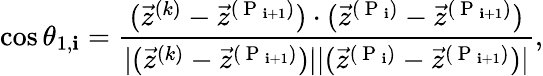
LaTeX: \cos\theta_{1,\mathbf{i}}=\frac{{(\vec{{z}}^{(k)}-\vec{{z}}^{(\mathrm{{~P~}}_{\mathbf{i}+1})})\cdot(\vec{{z}}^{(\mathrm{{~P~}}_{\mathbf{i}})}-\vec{{z}}^{(\mathrm{{~P~}}_{\mathbf{i}+1})})}}{{|(\vec{{z}}^{(k)}-\vec{{z}}^{(\mathrm{{~P~}}_{\mathbf{i}+1})})||(\vec{{z}}^{(\mathrm{{~P~}}_{\mathbf{i}})}-\vec{{z}}^{(\mathrm{{~P~}}_{\mathbf{i}+1})})|}},